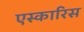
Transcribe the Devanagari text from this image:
एस्कारिस